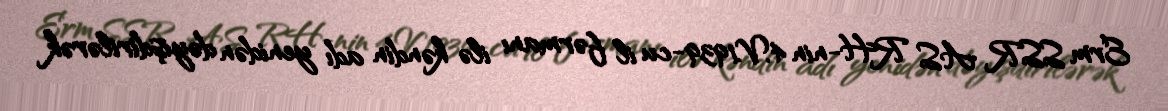
Erm SSR AS RH-nin 4.V.1939-cu il fərmanı ilə kəndin adı yenidən dəyişdirilərək